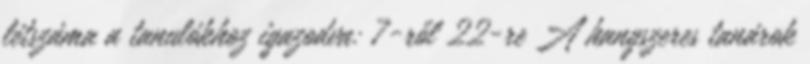
létszáma a tanulókhoz igazodva: 7-ről 22-re A hangszeres tanárok